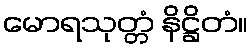
မောရသုတ္တံ နိဋ္ဌိတံ။